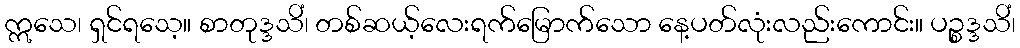
ဣသေ၊ ရှင်ရသေ့။ စာတုဒ္ဒသိံ၊ တစ်ဆယ့်လေးရက်မြောက်သော နေ့ပတ်လုံးလည်းကောင်း။ ပဉ္စဒ္ဒသိံ၊